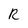
Character: R